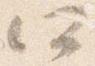
所